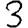
Digit: 3